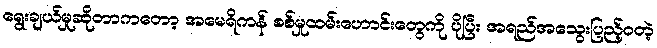
ရွေးချယ်မှုဆိုတာကတော့ အမေရိကန် စစ်မှုထမ်းဟောင်းတွေကို ပိုပြီး အရည်အသွေးပြည့်ဝတဲ့